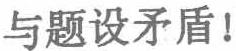
与题设矛盾!